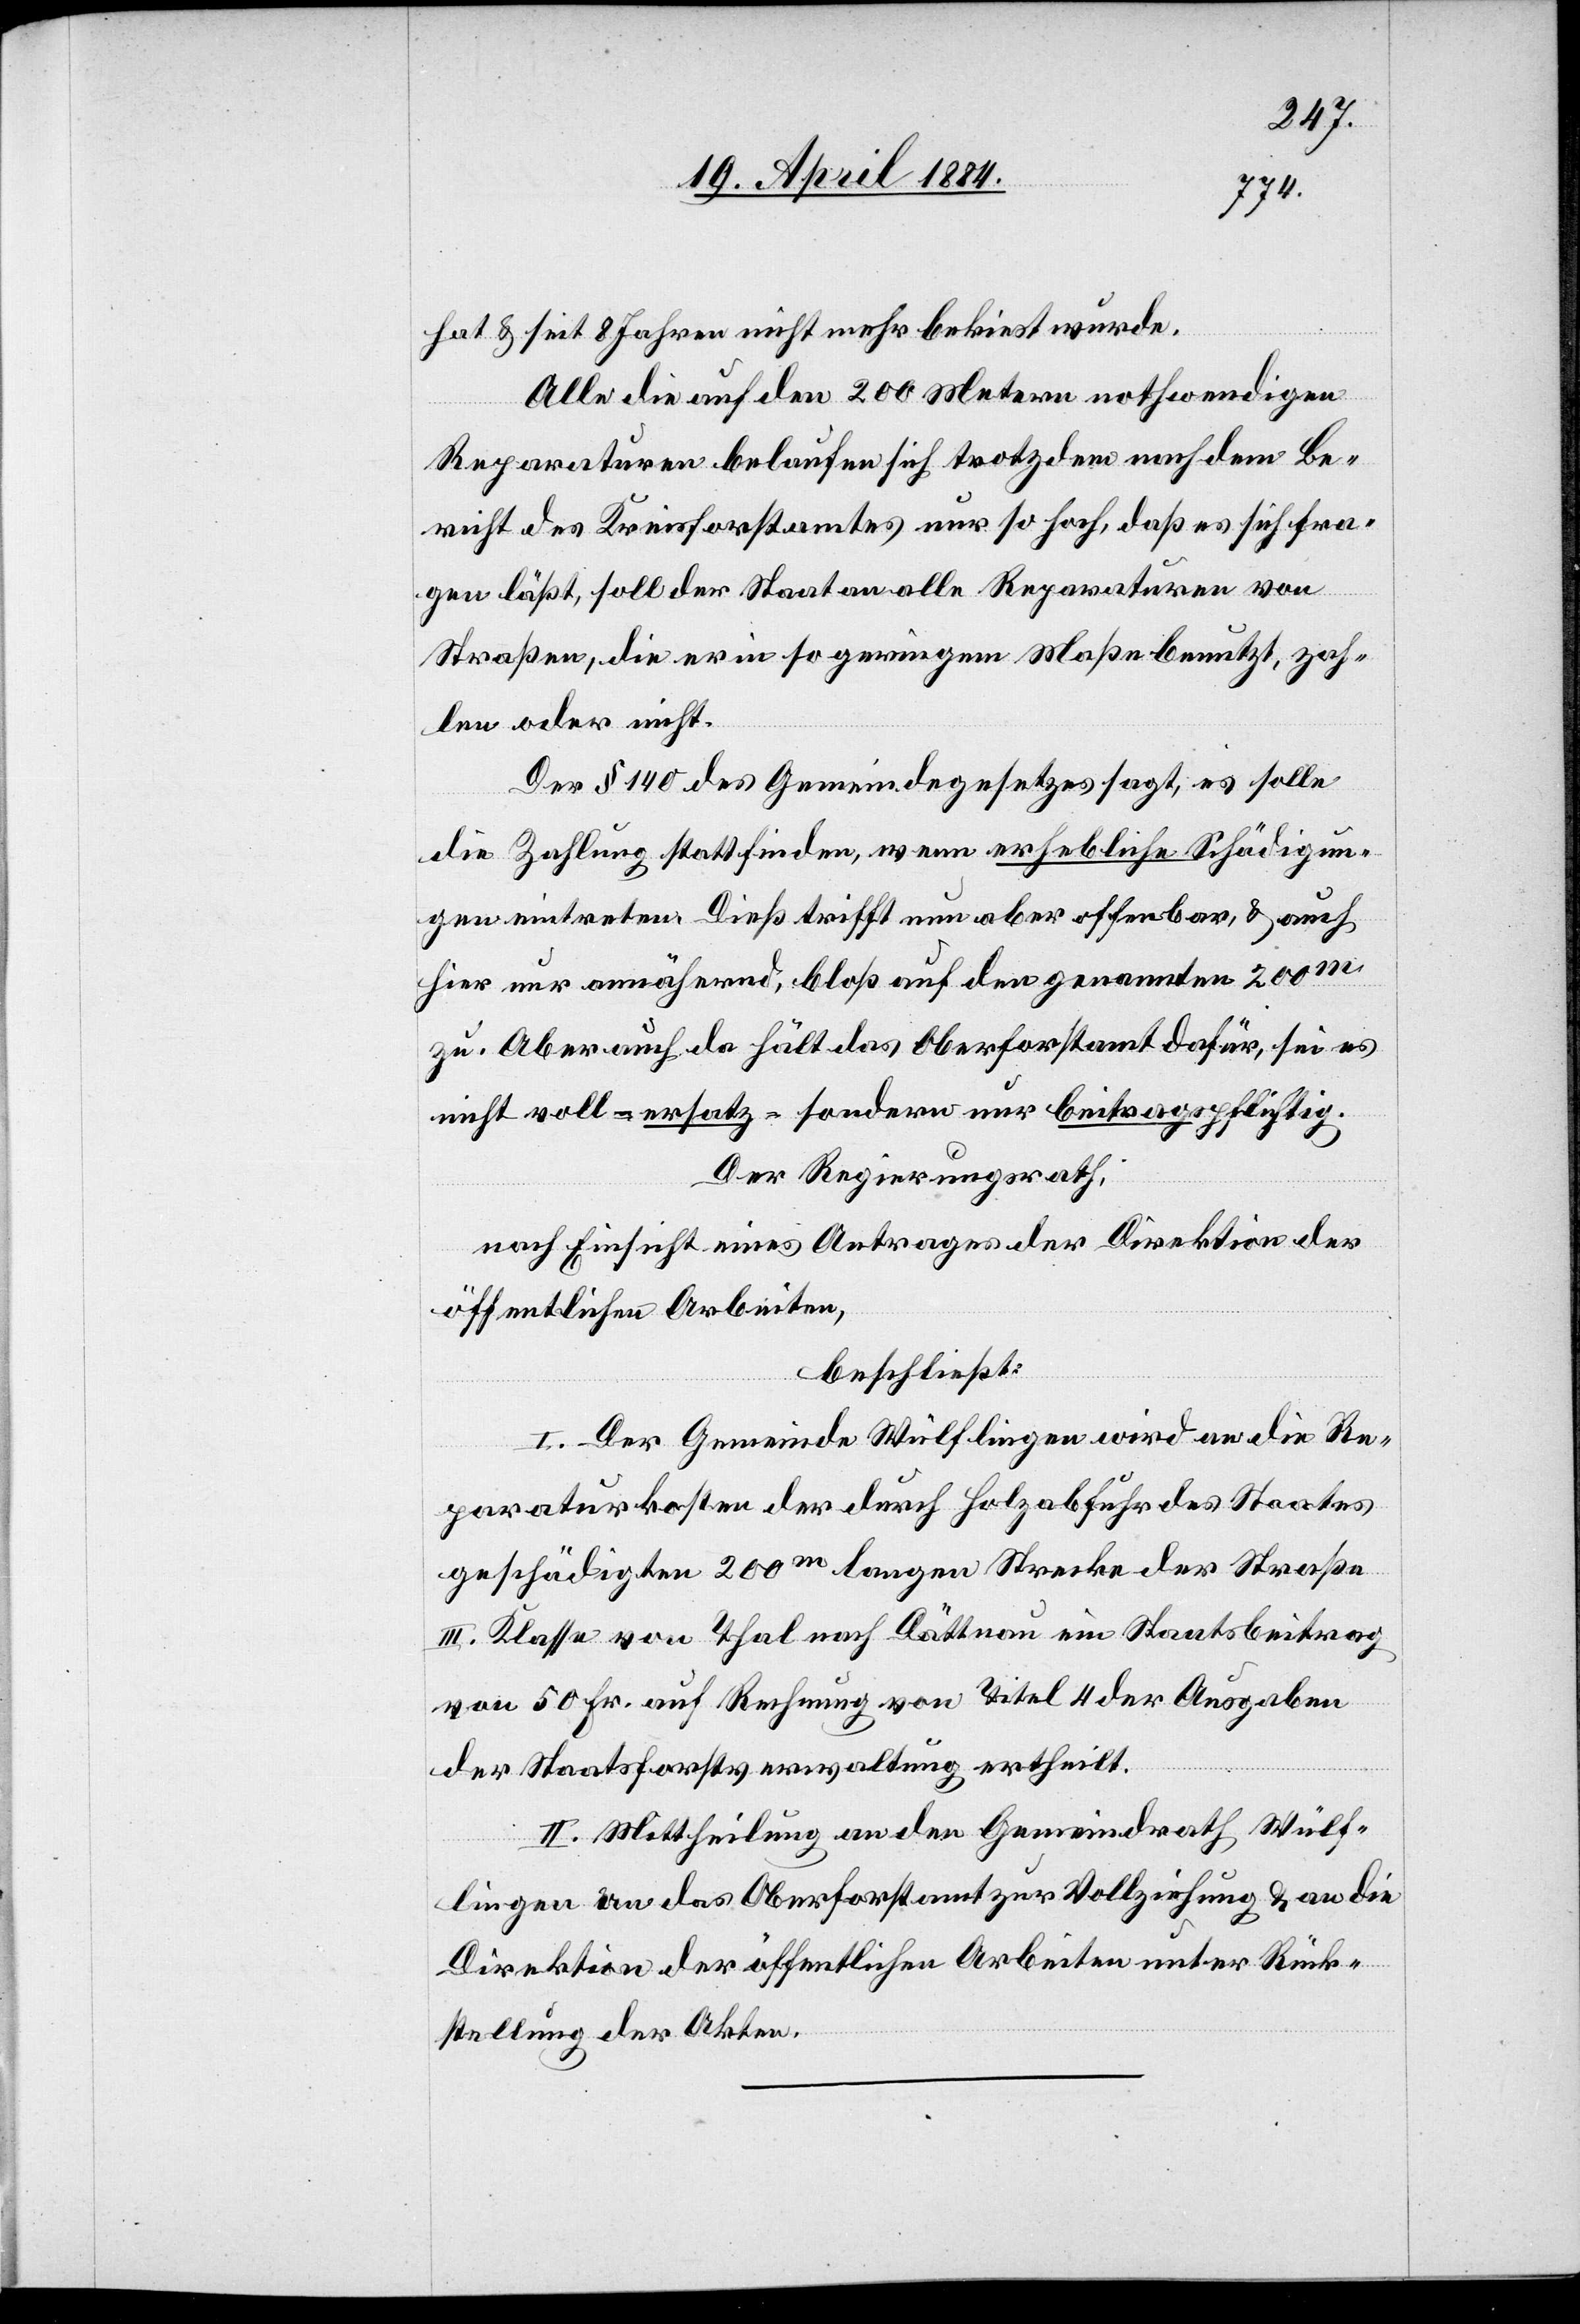
hat & seit 8 Jahren nicht mehr bekiest wurde.
Alle die auf den 200 Metern nothwendigen
Reparaturen belaufen sich trotzdem nach dem Be¬
richt des Kreisforstamtes nur so hoch, daß es sich fra¬
gen läßt, soll der Staat an alle Reparaturen von
Straßen, die er in so geringem Maße benutzt, zah¬
len oder nicht.
Der § 440 des Gemeindegesetzes sagt, es solle
die Zahlung stattfinden, wenn erhebliche Schädigun¬
gen eintreten. Dieß trifft nun aber offenbar, & auch
hier nur annähernd, bloß auf den genannten 200m
zu. Aber auch da hält das Oberforstamt dafür, sei es
nicht voll-ersatz- sondern nur beitragspflichtig.
Der Regierungsrath,
nach Einsicht eines Antrages der Direktion der
öffentlichen Arbeiten,
beschließt:
I. Der Gemeinde Wülflingen wird an die Re¬
paraturkosten der durch Holzabfuhr des Staates
geschädigten 200m langen Strecke der Straße
III. Klasse von Thal nach Dättnau ein Staatsbeitrag
von 50 Fr. auf Rechnung von Titel 4 der Ausgaben
der Staatsforstverwaltung ertheilt.
II. Mittheilung an den Gemeindrath Wülf¬
lingen[,] an das Oberforstamt zur Vollziehung & an die
Direktion der öffentlichen Arbeiten unter Rück¬
stellung der Akten.